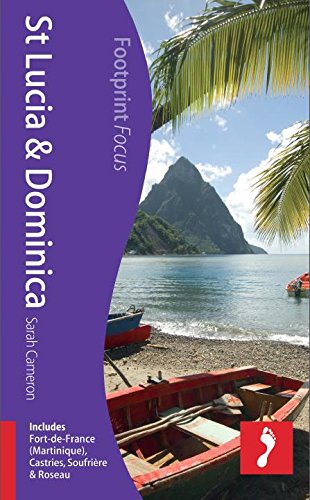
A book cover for St Lucia & Dominica: Includes Fort-de-France (Martinique), Castries, SoufriÃ¨re & Roseau (Footprint Focus); Sarah Cameron; Travel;